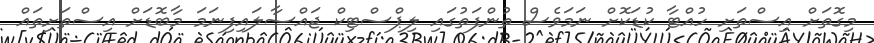
މިގޮތަށް އިސްތަށި ހުއްޓާ ކުޑަކޮށް ނަމަވެސް ތުންފަތުގައި ލިޕްސްޓިކް ޖައްސާލައިފިނަމަ މާބޮޑަށް އިސްތަށިތައް